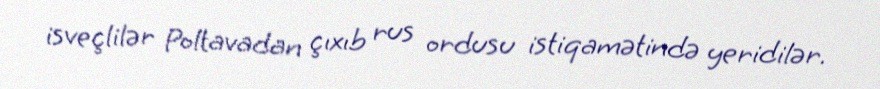
isveçlilər Poltavadan çıxıb rus ordusu istiqamətində yeridilər.